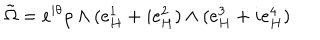
\tilde { \Omega } = e ^ { i \theta } \rho \wedge ( e _ { H } ^ { 1 } + i e _ { H } ^ { 2 } ) \wedge ( e _ { H } ^ { 3 } + i e _ { H } ^ { 4 } )